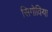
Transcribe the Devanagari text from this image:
सिगोविया